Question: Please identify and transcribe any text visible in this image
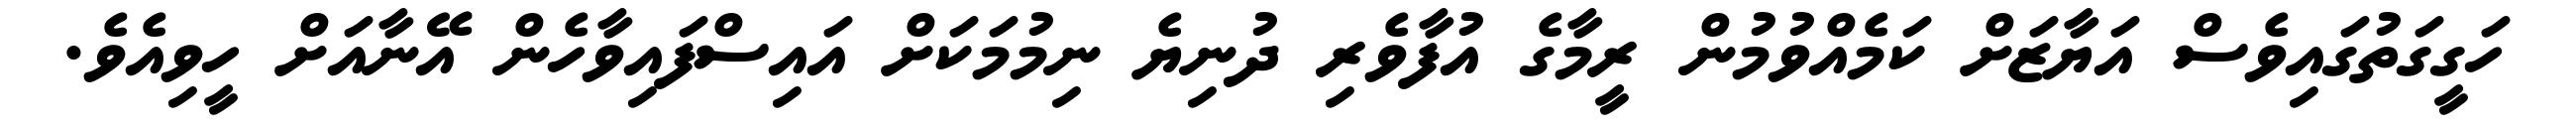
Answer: ހަގީގަތުގައިވެސް އަޔާޒަށް ކަމެއްވުމުން ރީމާގެ އުފާވެރި ދުނިޔެ ނިމުމަކަށް އައިސްފައިވާހެން އޭނާއަށް ހީވިއެވެ.